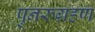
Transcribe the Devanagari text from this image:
पुनरुग्रहण